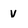
Character: v